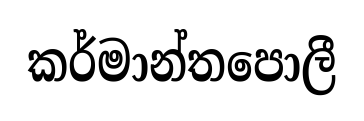
කර්මාන්තපොලී